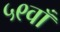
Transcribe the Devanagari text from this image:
५९वाँ